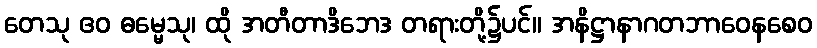
တေသု ဧဝ ဓမ္မေသု၊ ထို အတီတာဒိဘေဒ တရားတို့၌ပင်။ အနိဋ္ဌာနာဂတဘာဝေနစေဝ